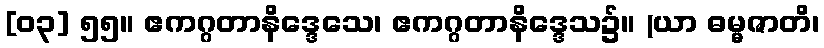
[၀၃] ၅၅။ ဧကဂ္ဂတာနိဒ္ဒေသေ၊ ဧကဂ္ဂတာနိဒ္ဒေသ၌။ (ယာ ဓမ္မဇာတိ၊